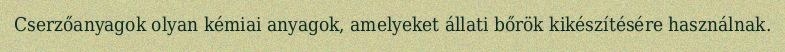
Cserzőanyagok olyan kémiai anyagok, amelyeket állati bőrök kikészítésére használnak.